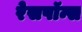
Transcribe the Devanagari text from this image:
रेसपॉन्स